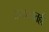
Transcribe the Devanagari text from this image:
अभावातही